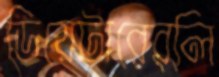
ডিয়েটারেরলি